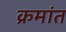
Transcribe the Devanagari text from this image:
क्रमांत